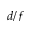
d / f